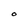
Character: O